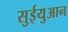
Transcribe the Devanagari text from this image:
सुईयुआन